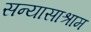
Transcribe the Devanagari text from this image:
सन्यासाश्राम